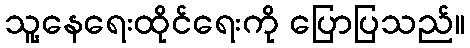
သူ့နေရေးထိုင်ရေးကို ပြောပြသည်။